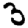
Digit: 3